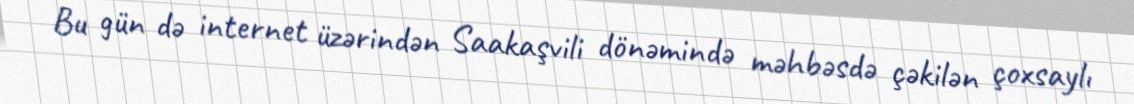
Bu gün də internet üzərindən Saakaşvili dönəmində məhbəsdə çəkilən çoxsaylı